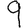
Digit: 9